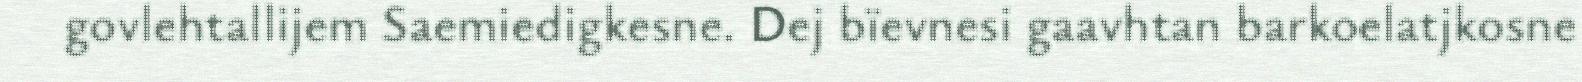
govlehtallijem Saemiedigkesne. Dej bïevnesi gaavhtan barkoelatjkosne